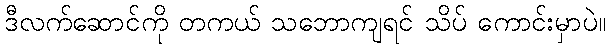
ဒီလက်ဆောင်ကို တကယ် သဘောကျရင် သိပ် ကောင်းမှာပဲ။